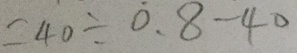
= 4 0 \div 0 . 8 - 4 0